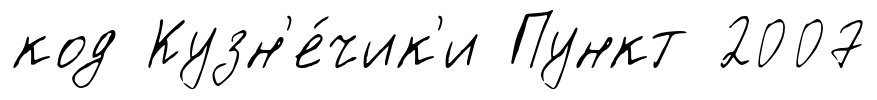
код Кузн'е́чик'и Пункт 2007